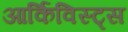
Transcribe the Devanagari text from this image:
आर्किविस्ट्स